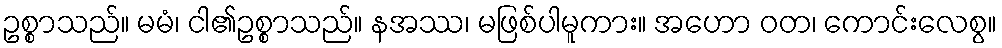
ဥစ္စာသည်။ မမံ၊ ငါ၏ဥစ္စာသည်။ နအဿ၊ မဖြစ်ပါမူကား။ အဟော ဝတ၊ ကောင်းလေစွ။